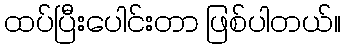
ထပ်ပြီးပေါင်းတာ ဖြစ်ပါတယ်။